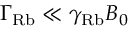
\Gamma _ { \mathrm { R b } } \ll \gamma _ { \mathrm { R b } } B _ { 0 }